Annual administration report of the Civil Veterinary Department of India - 1907-1908
Year: 1907
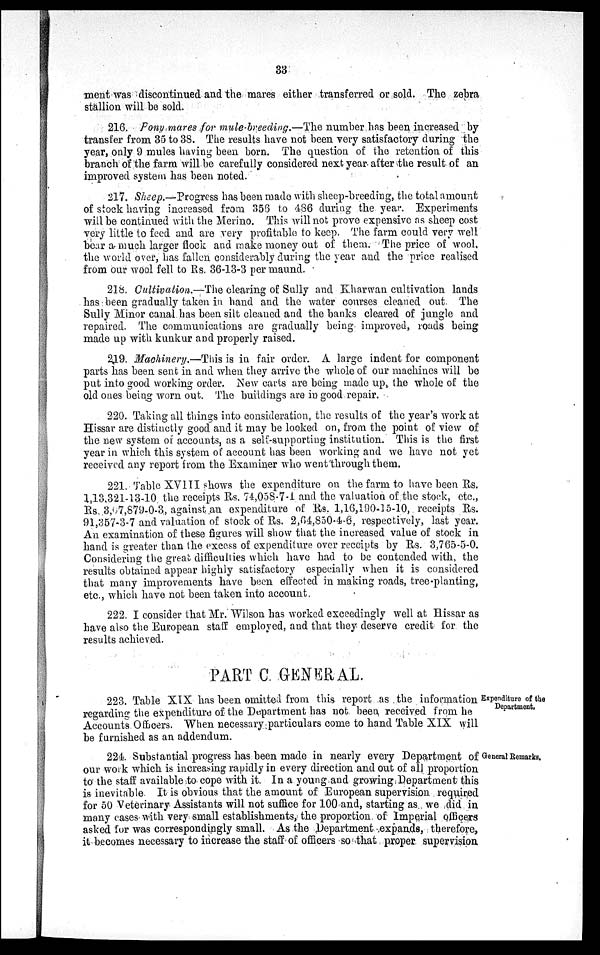
33
ment was discontinued and the mares either transferred or sold. The zebra
stallion will be sold.
216. Pony mares for mule-breeding.—The number has been increased by
transfer from 35 to 38. The results have not been very satisfactory during the
year, only 9 mules having been born. The question of the retention of this
branch of the farm will be carefully considered next year after the result of an
improved system has been noted.
217. Sheep.—Progress has been made with sheep-breeding, the total amount
of stock having increased from 356 to 486 during the year. Experiments
will be continued with the Merino. This will not prove expensive as sheep cost
very little to feed and are very profitable to keep. The farm could very well
bear a much larger flock and make money out of them. The price of wool,
the world over, has fallen considerably during the year and the price realised
from our wool fell to Rs. 36-13-3 per maund.
218. Cultivation.—The clearing of Sully and Kharwan cultivation lands
has been gradually taken in hand and the water courses cleaned out The
Sully Minor canal has been silt cleaned and the banks cleared of jungle and
repaired. The communications are gradually being improved, roads being
made up with kunkur and properly raised.
219. Machinery.—This is in fair order. A large indent for component
parts has been sent in and when they arrive the whole of our machines will be
put into good working order. New carts are being made up, the whole of the
old ones being worn out. The buildings are in good repair.
220. Taking all things into consideration, the results of the year's work at
Hissar are distinctly good and it may be looked on, from the point of view of
the new system of accounts, as a self-supporting institution. This is the first
year in which this system of account has been working and we have not yet
received any report from the Examiner who went through them.
221. Table XVIII shows the expenditure on the farm to have been Rs.
1,13,321-13-10 the receipts Rs. 74,058-7-1 and the valuation of the stock, etc.,
Rs 3,07,879-0-3, against an expenditure of Rs. 1,16,190-15-10, receipts Rs.
91,357-3-7 and valuation of stock of Rs. 2,64,850-4-6, respectively, last year.
An examination of these figures will show that the increased value of stock in
hand is greater than the excess of expenditure over receipts by Rs. 3,765-5-0.
Considering the great difficulties which have had to be contended with, the
results obtained appear highly satisfactory especially when it is considered
that many improvements have been effected in making roads, tree-planting,
etc., which have not been taken into account.
222. I consider that Mr. Wilson has worked exceedingly well at Hissar as
have also the European staff employed, and that they deserve credit for the
results achieved.
PART C GENERAL.
Expenditure of the
Department.
223. Table XIX has been omitted from this report as the information
regarding the expenditure of the Department has not been received from he
Accounts Officers. When necessary particulars come to hand Table XIX will
be furnished as an addendum.
General Remarks.
224. Substantial progress has been made in nearly every Department of
our work which is increasing rapidly in every direction and out of all proportion
to the staff available to cope with it. In a young and growing Department this
is inevitable It is obvious that the amount of European supervision required
for 50 Veterinary Assistants will not suffice for 100 and, starting as we did in
many cases with very small establishments, the proportion of Imperial officers
asked for was correspondingly small. As the Department expands, therefore,
it becomes necessary to increase the staff of officers so that proper supervision